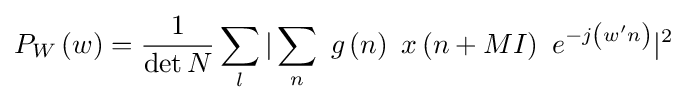
P_{W}\left(w\right)={\frac {1}{\mathrm {det} \,N}}\sum _{l}|\sum _{n}\ g\left(n\right)\ x\left(n+MI\right)\ e^{-j\left(w'n\right)}|^{2}